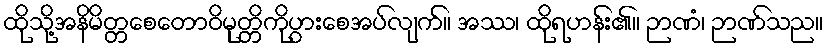
ထိုသို့အနိမိတ္တစေတောဝိမုတ္တိကိုပွားစေအပ်လျက်။ အဿ၊ ထိုရဟန်း၏။ ဉာဏံ၊ ဉာဏ်သည။